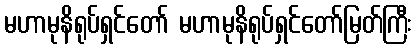
မဟာမုနိရုပ်ရှင်တော် မဟာမုနိရုပ်ရှင်တော်မြတ်ကြီး